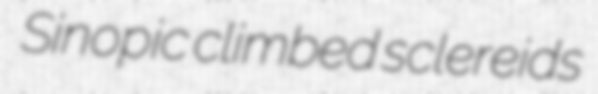
Sinopic climbed sclereids